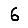
Digit: 6